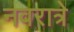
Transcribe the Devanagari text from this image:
नवरात्रे